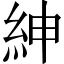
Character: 紳